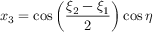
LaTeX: x _ { 3 } = \cos \left( { \frac { \xi _ { 2 } - \xi _ { 1 } } { 2 } } \right) \cos \eta